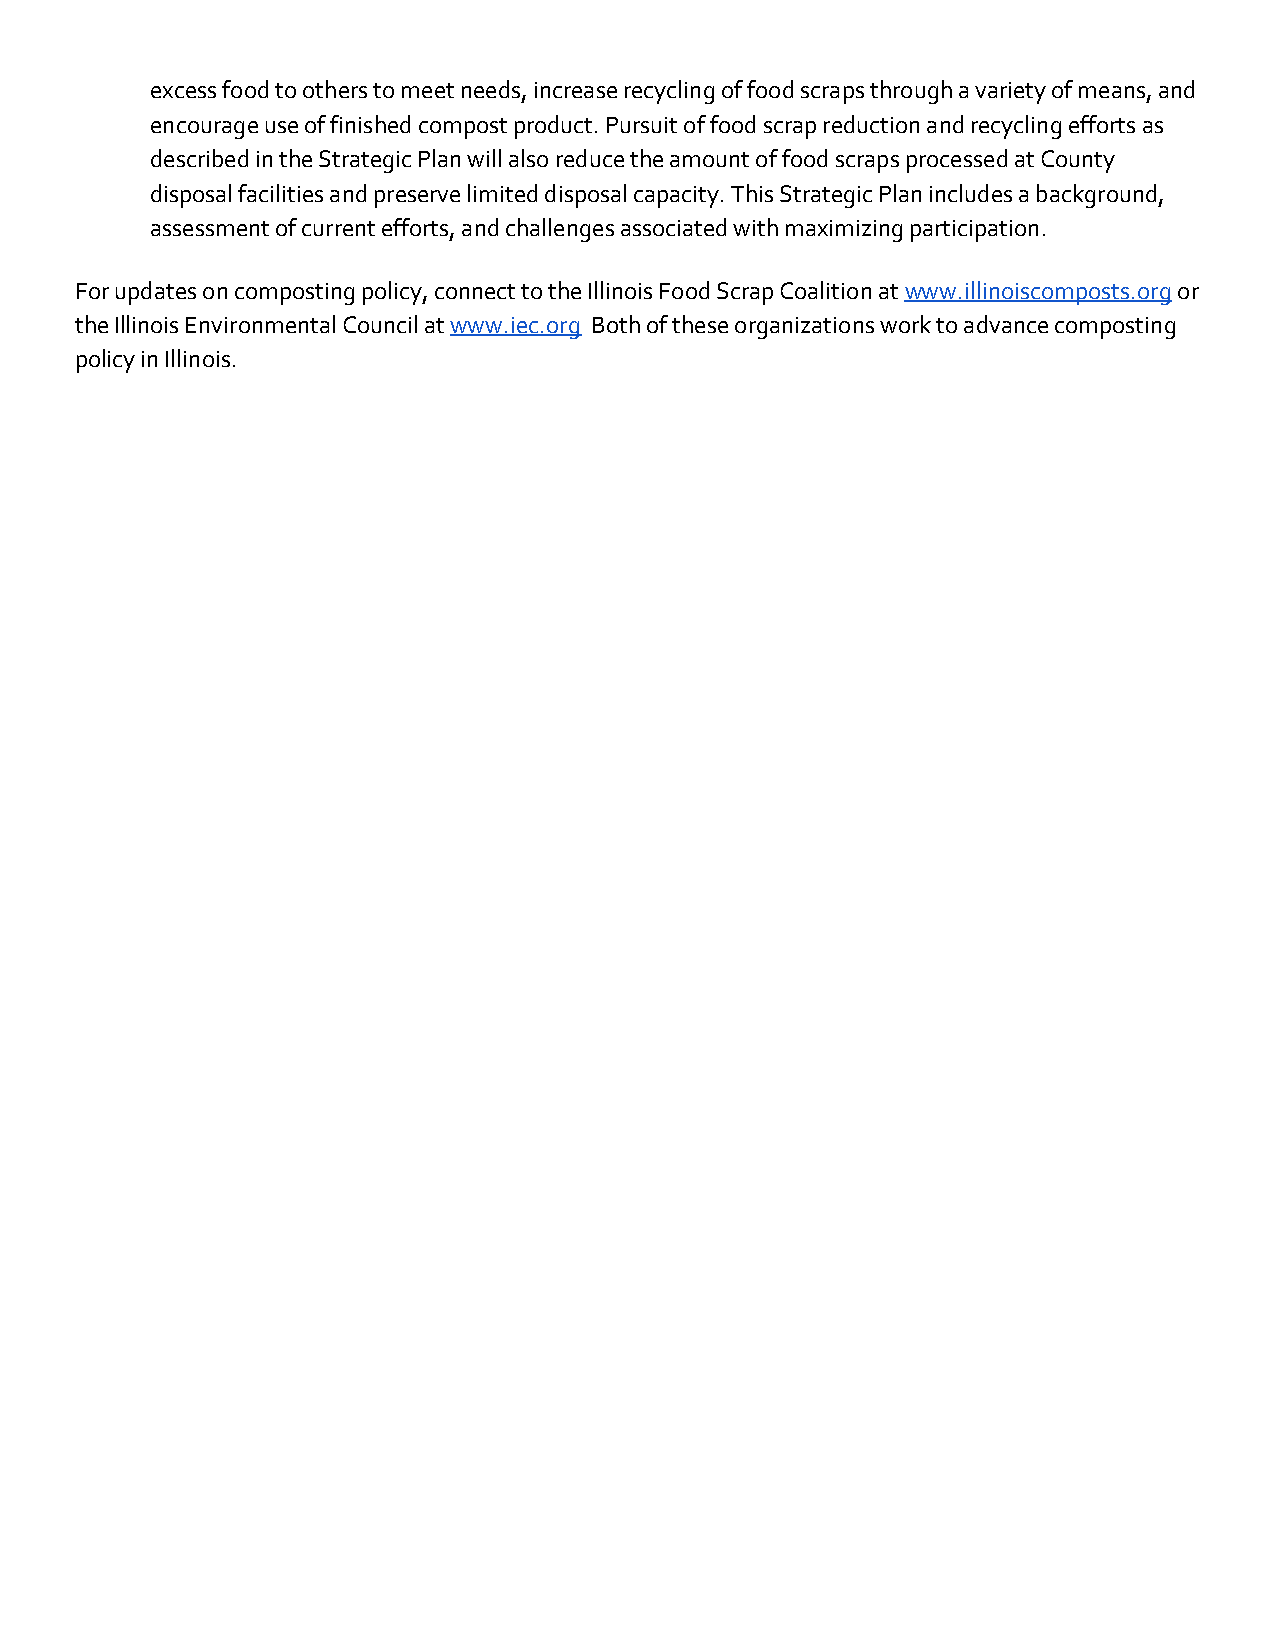
excess food to others to meet needs, increase recycling of food scraps through a variety of means, and
 encourage use of finished compost product. Pursuit of food scrap reduction and recycling efforts as
 described in the Strategic Plan will also reduce the amount of food scraps processed at County
 disposal facilities and preserve limited disposal capacity. This Strategic Plan includes a background,
 assessment of current efforts, and challenges associated with maximizing participation.
 For updates on composting policy, connect to the Illinois Food Scrap Coalition at www.illinoiscomposts.org or
 ​                 ​
 the Illinois Environmental Council at www.iec.org Both of these organizations work to advance composting
 ​       ​
 policy in Illinois.